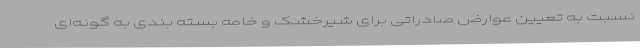
نسبت به تعیین عوارض صادراتی برای شیرخشک و خامه بسته بندی به گونه‌ای